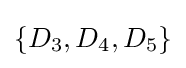
\{D_{3},D_{4},D_{5}\}